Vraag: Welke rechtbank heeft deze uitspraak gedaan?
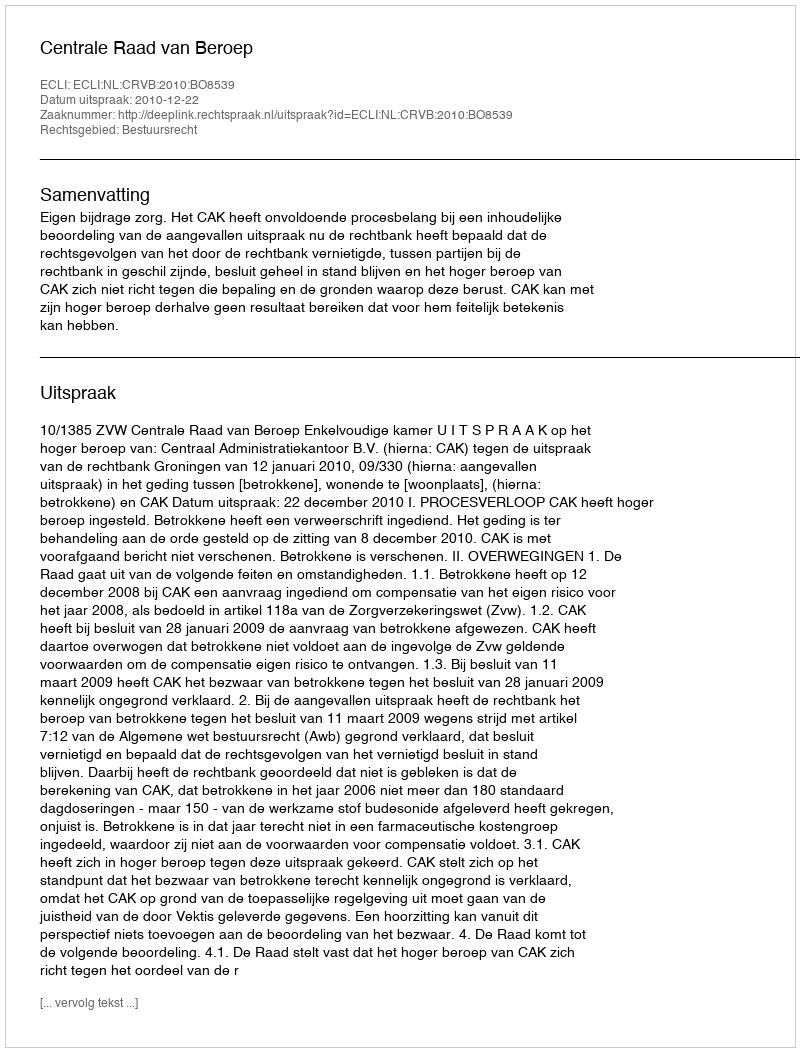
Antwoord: Centrale Raad van Beroep